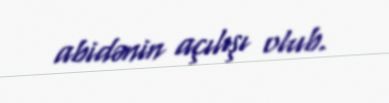
abidənin açılışı olub.